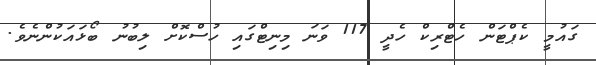
ގައުމީ ކެޕްޓަން ހެޓްރިކް ހެދީ 117 ވަނަ މިނިޓްގައި ހުސްކޮށް ލިބުނު ބޯޅައަކުންނެވެ.